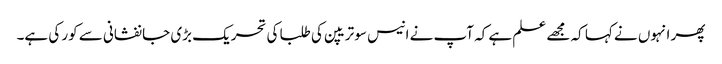
پھر انہوں نے کہا کہ مجھے علم ہے کہ آپ نے انیس سو تریپن کی طلبا کی تحریک بڑی جانفشانی سے کور کی ہے۔